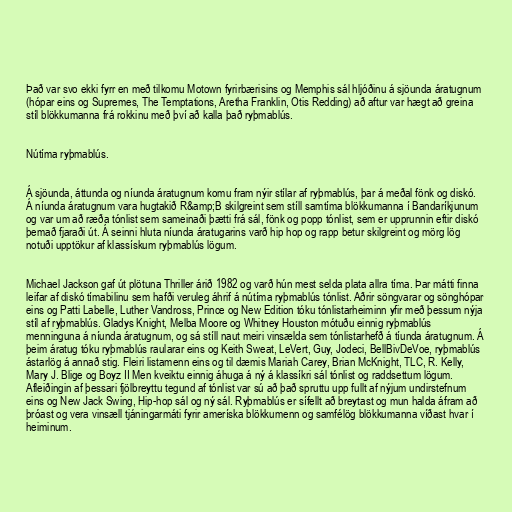
Það var svo ekki fyrr en með tilkomu Motown fyrirbærisins og Memphis sál hljóðinu á sjöunda áratugnum
(hópar eins og Supremes, The Temptations, Aretha Franklin, Otis Redding) að aftur var hægt að greina
stíl blökkumanna frá rokkinu með því að kalla það ryþmablús.

Nútíma ryþmablús.

Á sjöunda, áttunda og níunda áratugnum komu fram nýir stílar af ryþmablús, þar á meðal fönk og diskó.
Á níunda áratugnum vara hugtakið R&amp;B skilgreint sem stíll samtíma blökkumanna í Bandaríkjunum
og var um að ræða tónlist sem sameinaði þætti frá sál, fönk og popp tónlist, sem er upprunnin eftir diskó
þemað fjaraði út. Á seinni hluta níunda áratugarins varð hip hop og rapp betur skilgreint og mörg lög
notuði upptökur af klassískum ryþmablús lögum.

Michael Jackson gaf út plötuna Thriller árið 1982 og varð hún mest selda plata allra tíma. Þar mátti finna
leifar af diskó tímabilinu sem hafði veruleg áhrif á nútíma ryþmablús tónlist. Aðrir söngvarar og sönghópar
eins og Patti Labelle, Luther Vandross, Prince og New Edition tóku tónlistarheiminn yfir með þessum nýja
stíl af ryþmablús. Gladys Knight, Melba Moore og Whitney Houston mótuðu einnig ryþmablús
menninguna á níunda áratugnum, og sá stíll naut meiri vinsælda sem tónlistarhefð á tíunda áratugnum. Á
þeim áratug tóku ryþmablús raularar eins og Keith Sweat, LeVert, Guy, Jodeci, BellBivDeVoe, ryþmablús
ástarlög á annað stig. Fleiri listamenn eins og til dæmis Mariah Carey, Brian McKnight, TLC, R. Kelly,
Mary J. Blige og Boyz II Men kveiktu einnig áhuga á ný á klassíkri sál tónlist og raddsettum lögum.
Afleiðingin af þessari fjölbreyttu tegund af tónlist var sú að það spruttu upp fullt af nýjum undirstefnum
eins og New Jack Swing, Hip-hop sál og ný sál. Ryþmablús er sífellt að breytast og mun halda áfram að
þróast og vera vinsæll tjáningarmáti fyrir ameríska blökkumenn og samfélög blökkumanna víðast hvar í
heiminum.